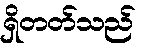
ရှိတတ်သည်